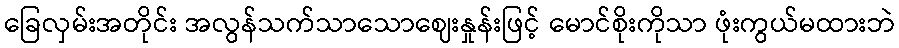
ခြေလှမ်းအတိုင်း အလွန်သက်သာသောဈေးနှုန်းဖြင့် မောင်စိုးကိုသာ ဖုံးကွယ်မထားဘဲ